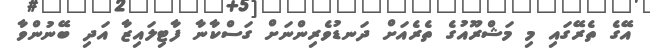
އޭގެ ތެރޭގައި މި މަޝްރޫއުގެ ތެރެއަށް ދަނޑުވެރިންނަށް ގަސްކާނާ ފާޓިލައިޒާ އަދި ބޭނުންވާ